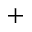
^ { + }